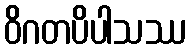
ဝိဂတပိပါသဿ